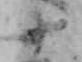
十